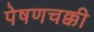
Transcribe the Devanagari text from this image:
पेषणचक्की